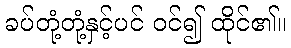
ခပ်တုံ့တုံ့နှင့်ပင် ဝင်၍ ထိုင်၏။